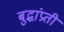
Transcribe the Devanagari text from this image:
बुद्धांप्रती